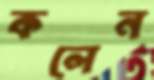
কলেন